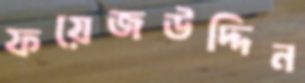
ফয়েজউদ্দিন